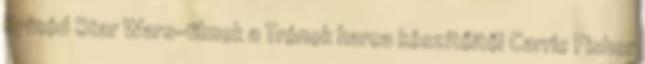
Epizód Star Wars-filmek a Trónok harca készítőitől Carrie Fisher